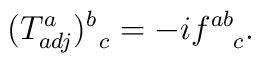
(T^a_{adj})^b_{\;\;c} = -i f^{ab}_{\;\;\;\;c}.